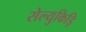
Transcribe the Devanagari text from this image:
सेल्युकिड़ि